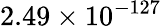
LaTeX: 2.49\times 10^{-127}